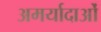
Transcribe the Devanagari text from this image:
अमर्यादाओं